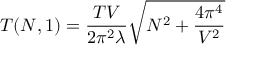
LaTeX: T ( N , 1 ) = \frac { T V } { 2 \pi ^ { 2 } \lambda } \sqrt { N ^ { 2 } + \frac { 4 \pi ^ { 4 } } { V ^ { 2 } } }